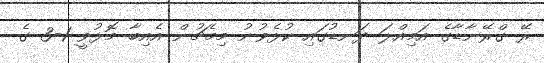
ރޭ ގްރޭނާޑާގެ އަމިއްލަ ދަނޑުގައި ކުޅެވުނު މިމެޗުން އެއިބާ މޮޅުވީ 1-3 ގެ